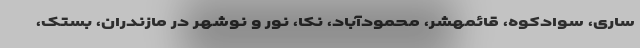
ساری، سوادکوه، قائمهشر، محمودآباد، نکا، نور و نوشهر در مازندران، بستک،